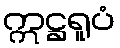
ဣဋ္ဌရူပံ